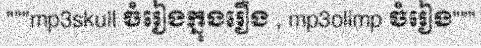
"""mp3skull ចំរៀងក្នុងរឿង , mp3olimp ចំរៀង"""